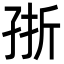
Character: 㝂